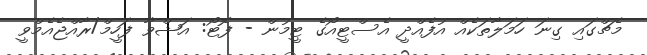
މެޗްގައި ގިނަ ހަމަލާތަކެއް އުފެއްދީ އެސްޓީއޯގެ ޓީމުން - ފޮޓޯ: އަޝްވާ ފަހީމް/ރާއްޖެއެމްވީ